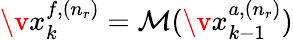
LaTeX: \v{x}_{k}^{f,(n_{r})}=\mathcal{M}(\v{x}_{k-1}^{a,(n_{r})})